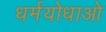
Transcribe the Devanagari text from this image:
धर्मयोधाओ